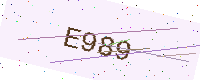
Text: E989